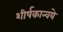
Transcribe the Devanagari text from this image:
शीर्षकान्वये